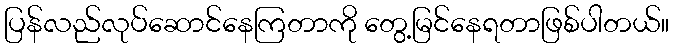
ပြန်လည်လုပ်ဆောင်နေကြတာကို တွေ့မြင်နေရတာဖြစ်ပါတယ်။